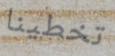
تخطينا